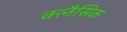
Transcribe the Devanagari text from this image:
क्लैसिक